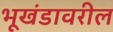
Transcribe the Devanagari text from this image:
भूखंडावरील